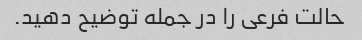
حالت فرعی را در جمله توضیح دهید.